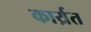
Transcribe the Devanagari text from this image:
कार्य्रत